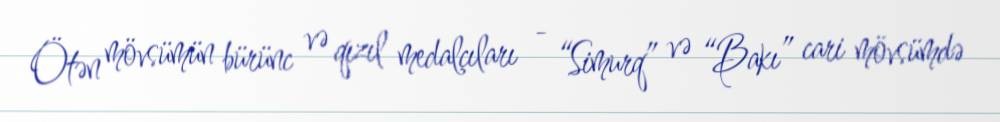
Ötən mövsümün bürünc və qızıl medalçıları - “Simurq” və “Bakı” cari mövsümdə